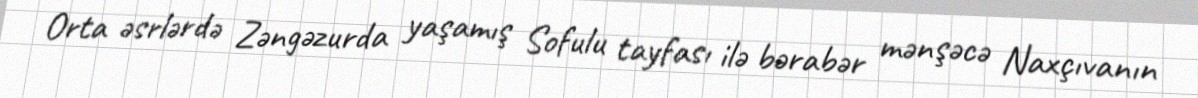
Orta əsrlərdə Zəngəzurda yaşamış Sofulu tayfası ilə bərabər mənşəcə Naxçıvanın